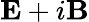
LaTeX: \mathbf{E}+i\mathbf{B}